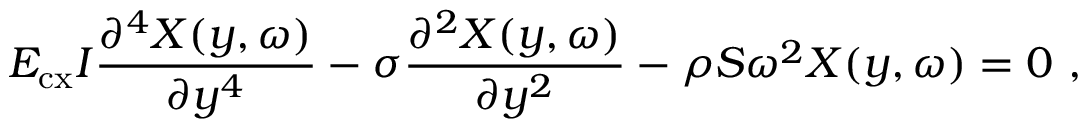
E _ { \mathrm { c x } } I \frac { \partial ^ { 4 } { X ( y , \omega ) } } { \partial { y ^ { 4 } } } - \sigma \frac { \partial ^ { 2 } { X ( y , \omega ) } } { \partial { y ^ { 2 } } } - \rho S \omega ^ { 2 } X ( y , \omega ) = 0 ~ ,